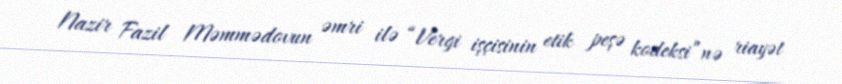
Nazir Fazil Məmmədovun əmri ilə “Vergi işçisinin etik peşə kodeksi”nə riayət